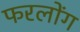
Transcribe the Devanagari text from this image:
फरलोंग